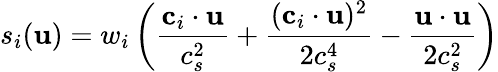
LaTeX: s_{i}(\mathbf{u})=w_{i}\left(\frac{\textbf{c}_{i}\cdot\textbf{u}}{c_{s}^{2}}+\frac{(\textbf{c}_{i}\cdot\textbf{u})^{2}}{2c_{s}^{4}}-\frac{\textbf{u}\cdot\textbf{u}}{2c_{s}^{2}}\right)